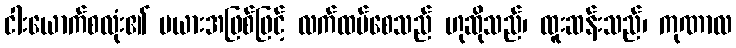
ငါးယောက်စလုံး၏ မယားအဖြစ်ဖြင့် လက်ထပ်စေသည် ဟုဆိုသည်၊ ထူးဆန်းသည်၊ ကုဏာလ